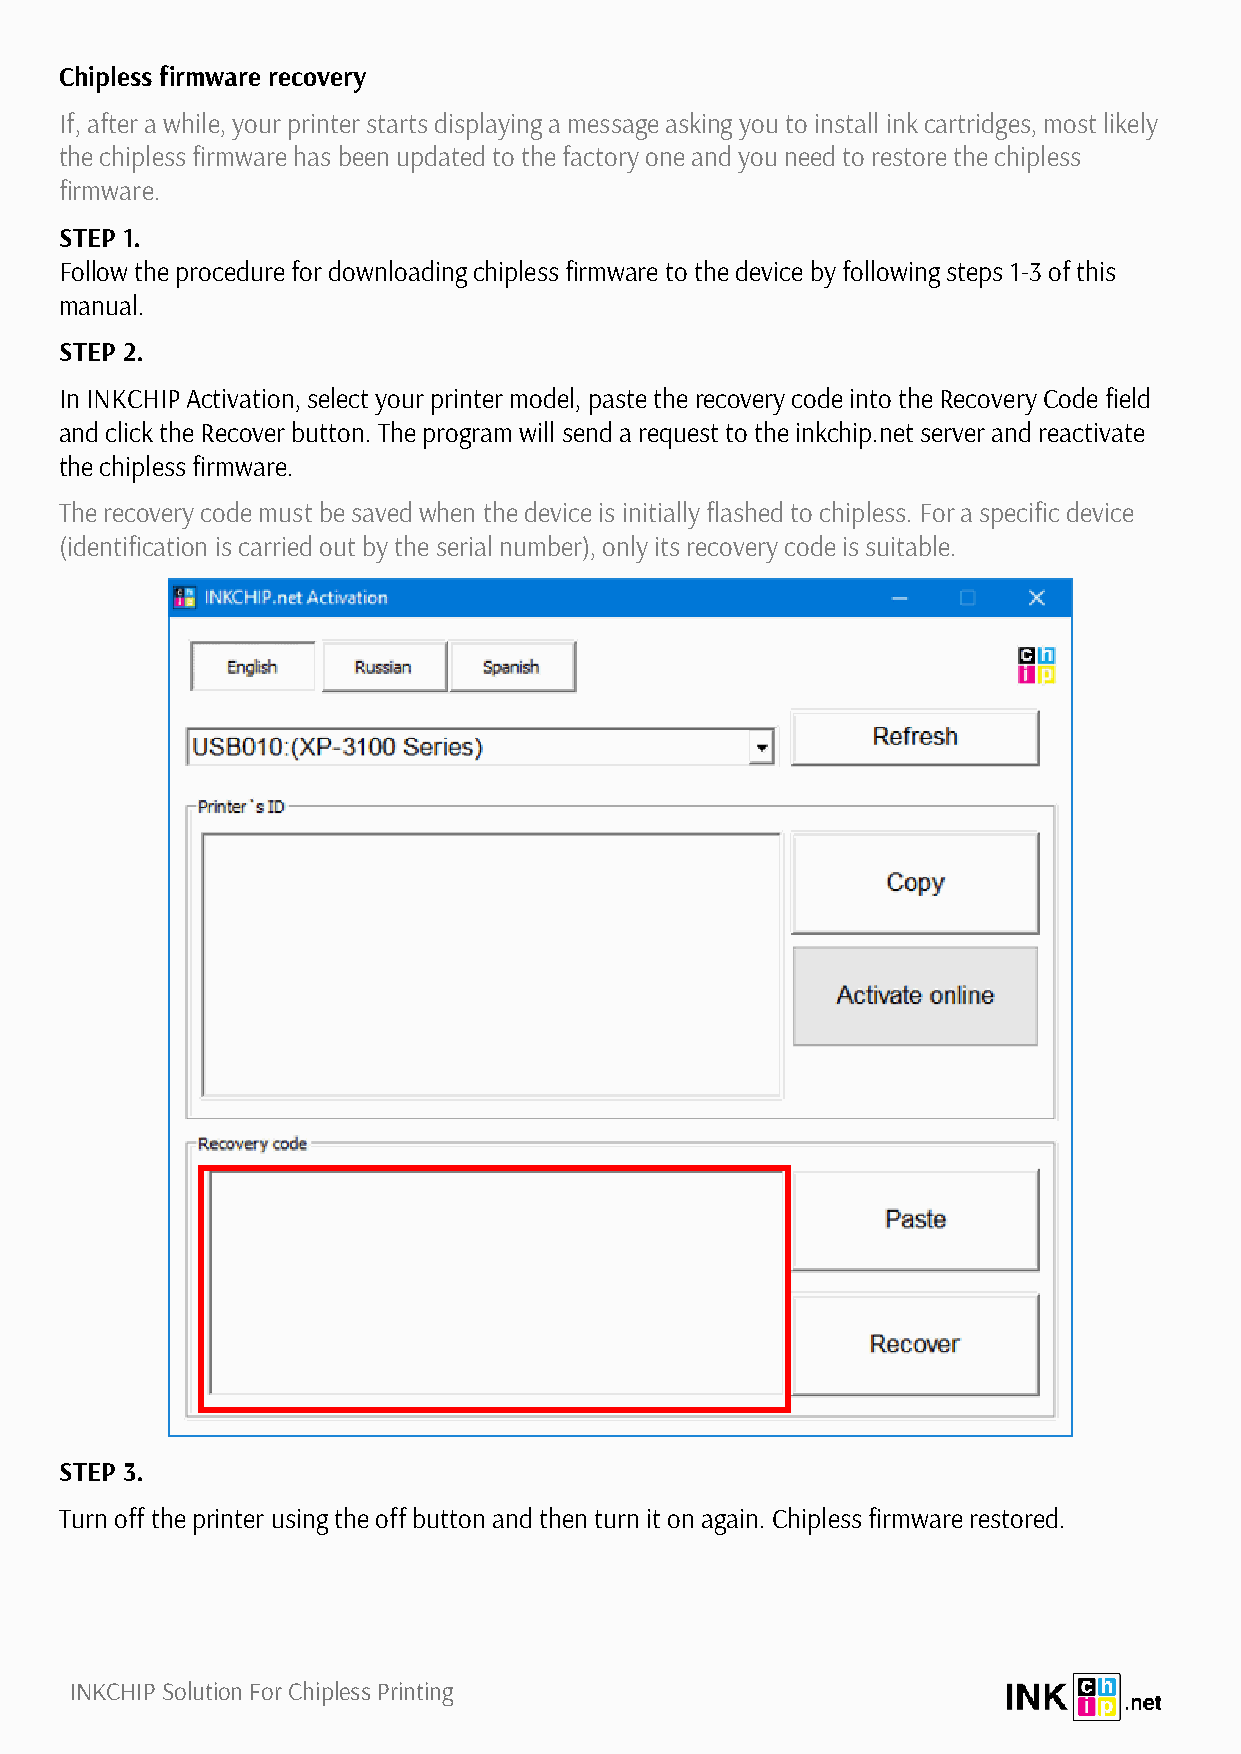
Chipless firmware recovery
 If, after a while, your printer starts displaying a message asking you to install ink cartridges, most likely
 the chipless firmware has been updated to the factory one and you need to restore the chipless
 firmware.
 STEP 1.
 Follow the procedure for downloading chipless firmware to the device by following steps 1-3 of this
 manual.
 STEP 2.
 In INKCHIP Activation, select your printer model, paste the recovery code into the Recovery Code field
 and click the Recover button. The program will send a request to the inkchip.net server and reactivate
 the chipless firmware.
 The recovery code must be saved when the device is initially flashed to chipless. For a specific device
 (identification is carried out by the serial number), only its recovery code is suitable.
 STEP 3.
 Turn off the printer using the off button and then turn it on again. Chipless firmware restored.
 INKCHIP Solution For Chipless Printing